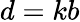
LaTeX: d=kb